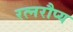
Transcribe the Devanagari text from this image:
रत्नरौप्य